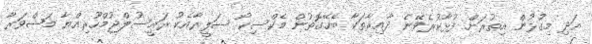
އަދި މިގުޅުން އިތުރަށް ފުޅާކުރެވޭނެ ދާއިރާތަކާ ބެހޭގޮތުން މެކްސިކޯ ސަފީރާއެކު ރައީސުލްޖުމްހޫރިއްޔާ މަޝްވަރާ